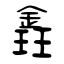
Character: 錱